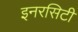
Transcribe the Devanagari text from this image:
इनरसिटी